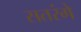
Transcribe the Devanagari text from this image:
सतरंगे